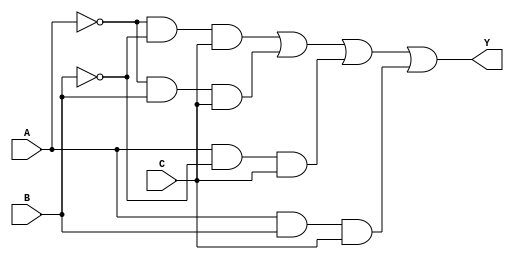
module sop_simplification (
    input wire A,      // Input variable A
    input wire B,      // Input variable B
    input wire C,      // Input variable C
    output wire Y      // Output Y (simplified SOP)
);

// Define the minterms for the SOP expression
// For example, let's say we want to implement the function Y = A'B'C + A'BC + AB'C + ABC'
// The minterms are: 1 (A'B'C), 3 (A'BC), 5 (AB'C), 7 (ABC)
wire m0 = ~A & ~B & C; // Minterm 1
wire m1 = ~A & B & C;  // Minterm 3
wire m2 = A & ~B & C;  // Minterm 5
wire m3 = A & B & C;   // Minterm 7

// Combine the minterms using OR gates
assign Y = m0 | m1 | m2 | m3;

endmodule